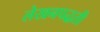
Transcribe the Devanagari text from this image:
लेखनपद्धती